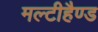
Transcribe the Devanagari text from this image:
मल्टीहैण्ड